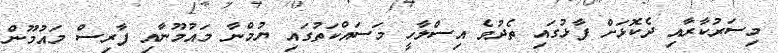
މިސަރުކާރާއި ދެކޮޅަށް ފާޅުގައި ތެދުވެ އިސްލާހީ މަސައްކަތުގައި ޔުމްނާ މައުމޫނާއި ފާރިސް މައުމޫން